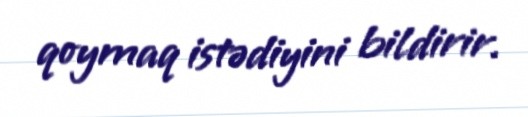
qoymaq istədiyini bildirir.